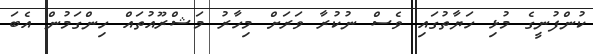
ކުންފުނީގެ މުޅި ހަޔާތުގައި ވެސް ނުކުރާ ވަރަށް މިހާރު މަޝްރޫއުތައް ހިންގަމުން އެބަ